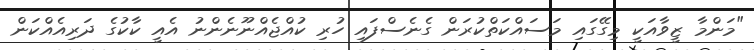
"މަންމާ ޒީވާއަކީ މިގޭގައި މަސައްކަތްކުރަން ގެނެސްފައި ހުރި ކުއްޖެއްނޫނެންނު އެއީ ކާކުގެ ދަރިއެއްކަން